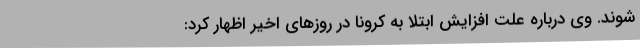
شوند. وی درباره علت افزایش ابتلا به کرونا در روزهای اخیر اظهار کرد: